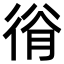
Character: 𢔍